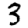
Digit: 3